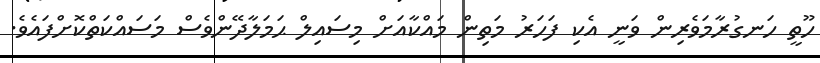
ހޫތީ ހަނގުރާމަވެރިން ވަނީ އެކި ފަހަރު މަތިން މައްކާއަށް މިސައިލް ޙަމަލާދޭންވެސް މަސައްކަތްކޮށްފައެވެ.